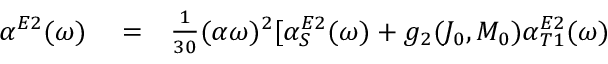
\begin{array} { r l r } { \alpha ^ { E 2 } ( \omega ) } & { { } = } & { \frac { 1 } { 3 0 } ( \alpha \omega ) ^ { 2 } [ \alpha _ { S } ^ { E 2 } ( \omega ) + g _ { 2 } ( J _ { 0 } , M _ { 0 } ) \alpha _ { T 1 } ^ { E 2 } ( \omega ) } \end{array}